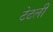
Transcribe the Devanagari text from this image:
टेटली